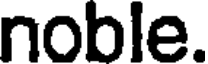
noble.